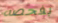
بفحصه